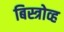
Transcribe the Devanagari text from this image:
बिस्त्रोव्ह